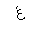
Letter: _gayn